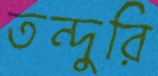
তন্দুরি